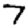
Digit: 7